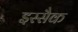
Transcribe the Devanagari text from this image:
इस्सैक